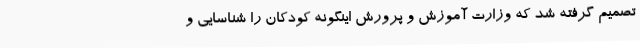
تصمیم گرفته شد که وزارت آموزش و پرورش اینگونه کودکان را شناسایی و